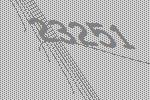
23251